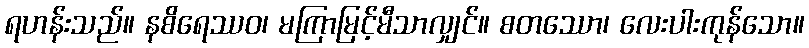
ရဟန်းသည်။ နစိရေဿဝ၊ မကြာမြင့်မီသာလျှင်။ စတဿော၊ လေးပါးကုန်သော။